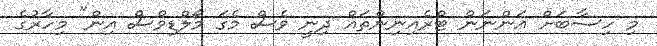
މި ހިސާބަށް އަންނަން ޓްރެއިނިންތައް ދިނީ ވެސް މެގަ މޯލްޑިވްސް އިން" މިހާރުގެ